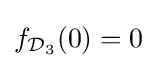
f_{{\mathcal {D}}_{3}}(0)=0